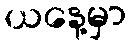
ယနေ့မှာ